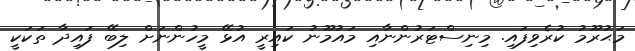
މަޙުރޫމު ކުރެވިފައި. މިނިސްޓަރުންނާއި މައުމޫނު ކައިރީ އުޅޭ މީހުންނަށް ލިބޭ ފައިދާ ތަކަކީ